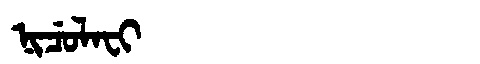
Manchu: ᠨᡳᠴᡠᠯᠠᠸᡳ
Romanization: NICULAFI